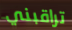
تراقبني